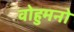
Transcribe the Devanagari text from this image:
वोहुमनो